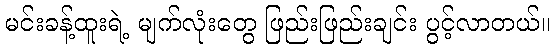
မင်းခန့်ထူးရဲ့ မျက်လုံးတွေ ဖြည်းဖြည်းချင်း ပွင့်လာတယ်။